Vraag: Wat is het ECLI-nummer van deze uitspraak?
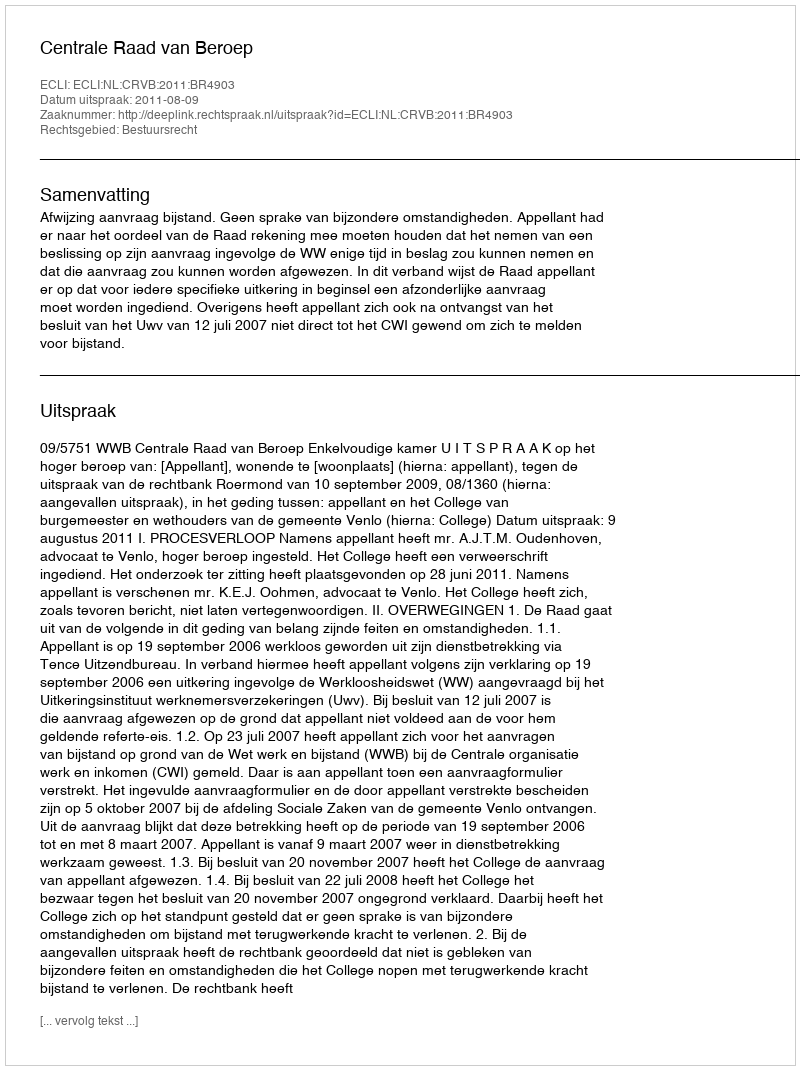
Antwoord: ECLI:NL:CRVB:2011:BR4903